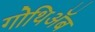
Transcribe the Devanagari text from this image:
गोथिॲब